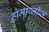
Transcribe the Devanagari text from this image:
होमाग्नीस